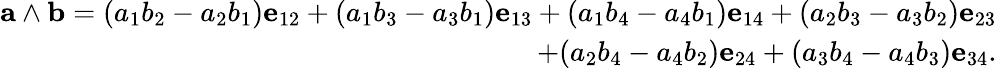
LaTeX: {\begin{array}{r}{\mathbf{a}\wedge\mathbf{b}=(a_{1}b_{2}-a_{2}b_{1})\mathbf{e}_{12}+(a_{1}b_{3}-a_{3}b_{1})\mathbf{e}_{13}+(a_{1}b_{4}-a_{4}b_{1})\mathbf{e}_{14}+(a_{2}b_{3}-a_{3}b_{2})\mathbf{e}_{23}}\\ {+(a_{2}b_{4}-a_{4}b_{2})\mathbf{e}_{24}+(a_{3}b_{4}-a_{4}b_{3})\mathbf{e}_{34}.}\end{array}}